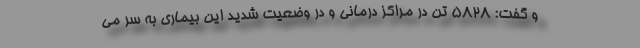
و گفت: ۵۸۲۸ تن در مراکز درمانی و در وضعیت شدید این بیماری به سر می